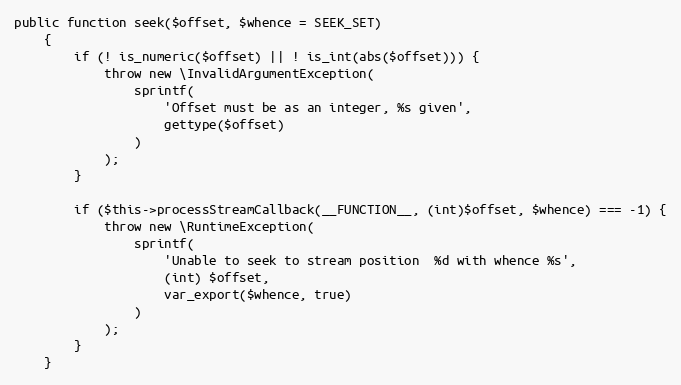
Language: PHP
public function seek($offset, $whence = SEEK_SET)
    {
        if (! is_numeric($offset) || ! is_int(abs($offset))) {
            throw new \InvalidArgumentException(
                sprintf(
                    'Offset must be as an integer, %s given',
                    gettype($offset)
                )
            );
        }

        if ($this->processStreamCallback(__FUNCTION__, (int)$offset, $whence) === -1) {
            throw new \RuntimeException(
                sprintf(
                    'Unable to seek to stream position  %d with whence %s',
                    (int) $offset,
                    var_export($whence, true)
                )
            );
        }
    }